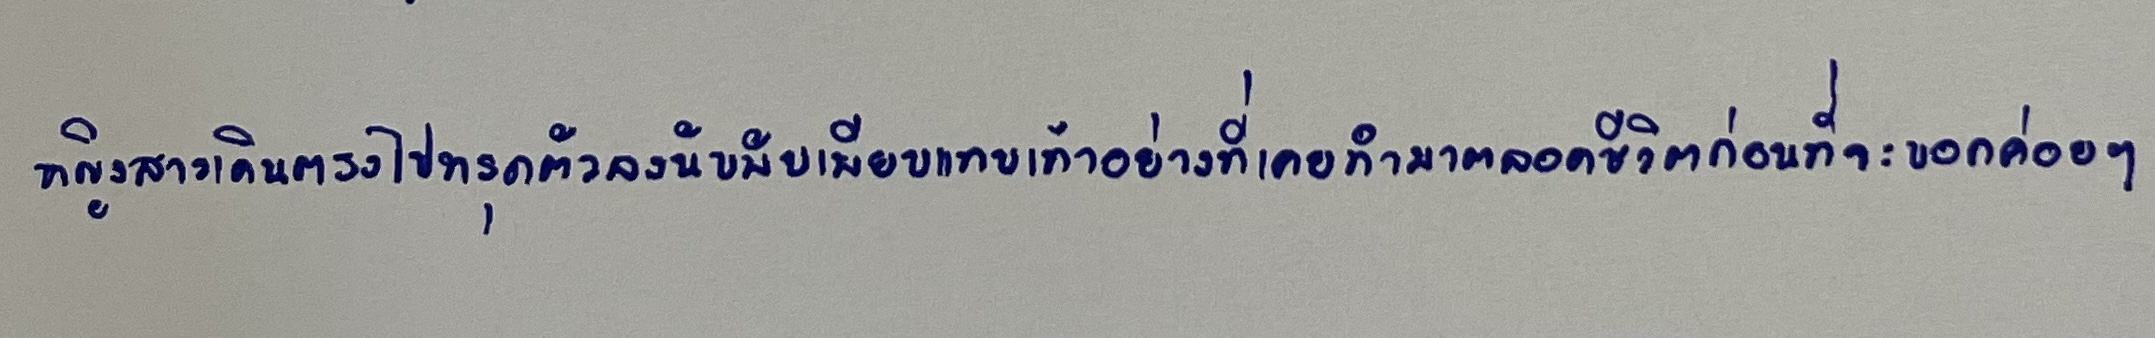
หญิงสาวเดินตรงไปทรุดตัวลงนั่งพับเพียบแทบเท้าอย่างที่เคยทำมาตลอดชีวิตก่อนที่จะบอกค่อยๆ